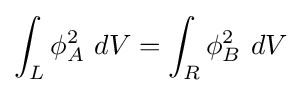
\int _{L}\phi _{A}^{2}~dV=\int _{R}\phi _{B}^{2}~dV